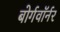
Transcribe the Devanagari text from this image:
बोर्गवॉर्नर